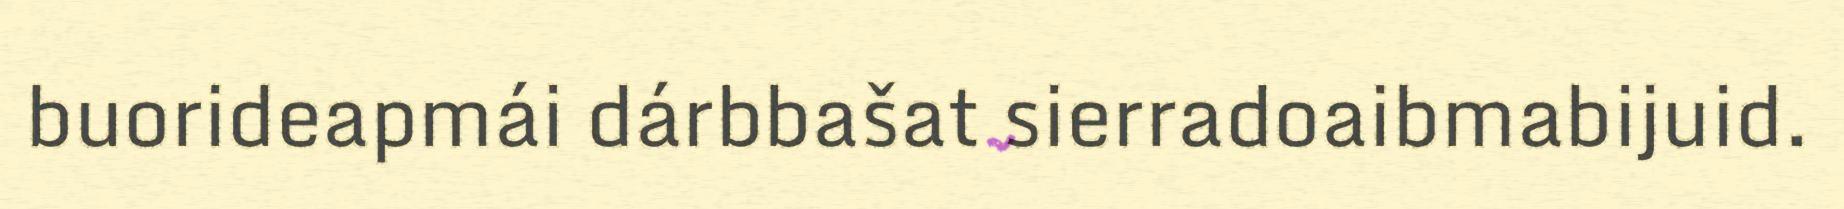
buorideapmái dárbbašat sierradoaibmabijuid.